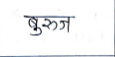
मजकूर: बुरुज